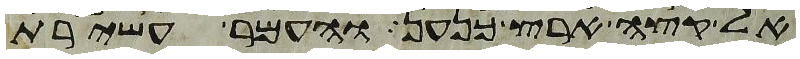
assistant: אל קצה ארץ כנען והעמר עשירת